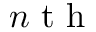
n \mathrm { ~ t ~ h ~ }